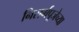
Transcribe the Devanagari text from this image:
निसर्गपूजेच्या